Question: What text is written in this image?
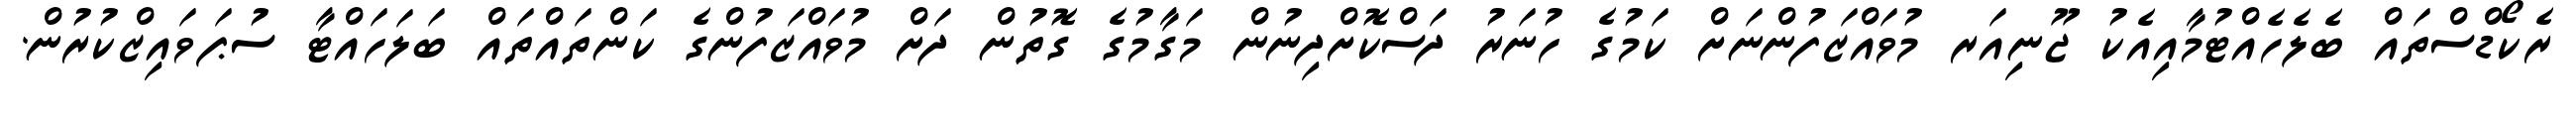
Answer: ރެކޯޑްސްތައް ބެލެހެއްޓުމާއިއެކު ޖޫނިއަރ މުވައްޒަފުންނަށް ކަމުގެ ހުނަރު ދަސްކޮށްދިނުން މަގާމުގެ ގޮތުން ދަށް މުވައްޒަފުންގެ ކަންތައްތައް ބަލަހައްޓާ ސުޕަވައިޒްކުރުން.